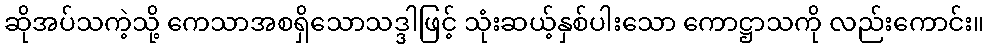
ဆိုအပ်သကဲ့သို့ ကေသာအစရှိသောသဒ္ဒါဖြင့် သုံးဆယ့်နှစ်ပါးသော ကောဋ္ဌာသကို လည်းကောင်း။